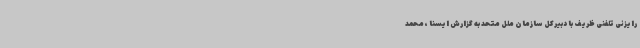
رایزنی تلفنی ظریف با دبیرکل سازمان ملل متحد به گزارش ایسنا ، محمد